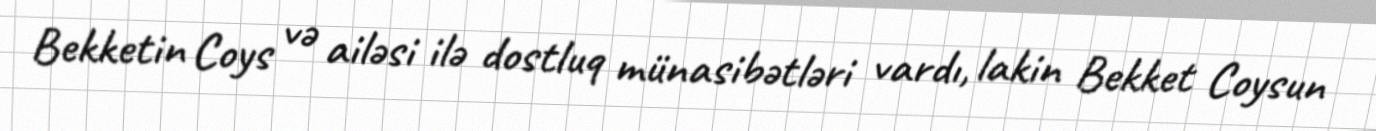
Bekketin Coys və ailəsi ilə dostluq münasibətləri vardı, lakin Bekket Coysun